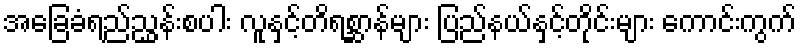
အခြေခံရည်ညွှန်းစပါး လူနှင့်တိရစ္ဆာန်များ ပြည်နယ်နှင့်တိုင်းများ ကောင်းကွက်